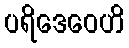
ပရိဒေဝေဟိ